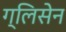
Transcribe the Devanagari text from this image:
ग्लिसेन